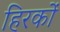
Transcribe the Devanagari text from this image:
हिरकों